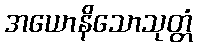
အယောနိသောသုတ္တံ